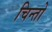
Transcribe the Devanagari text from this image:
चिन्तो